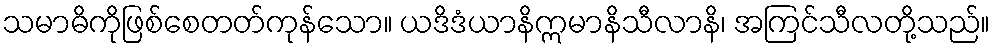
သမာဓိကိုဖြစ်စေတတ်ကုန်သော။ ယဒိဒံယာနိဣမာနိသီလာနိ၊ အကြင်သီလတို့သည်။